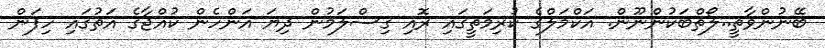
ބޭނުންވާތީ..ލޯތްބަކުންނޫން. އަކްމަލްގެ ކުރިމަތީގައި ރޮއި ގިސްލަމުން ދިޔަ އަންހެން ކުއްޖާގެ އަތުގައި ހިފަން